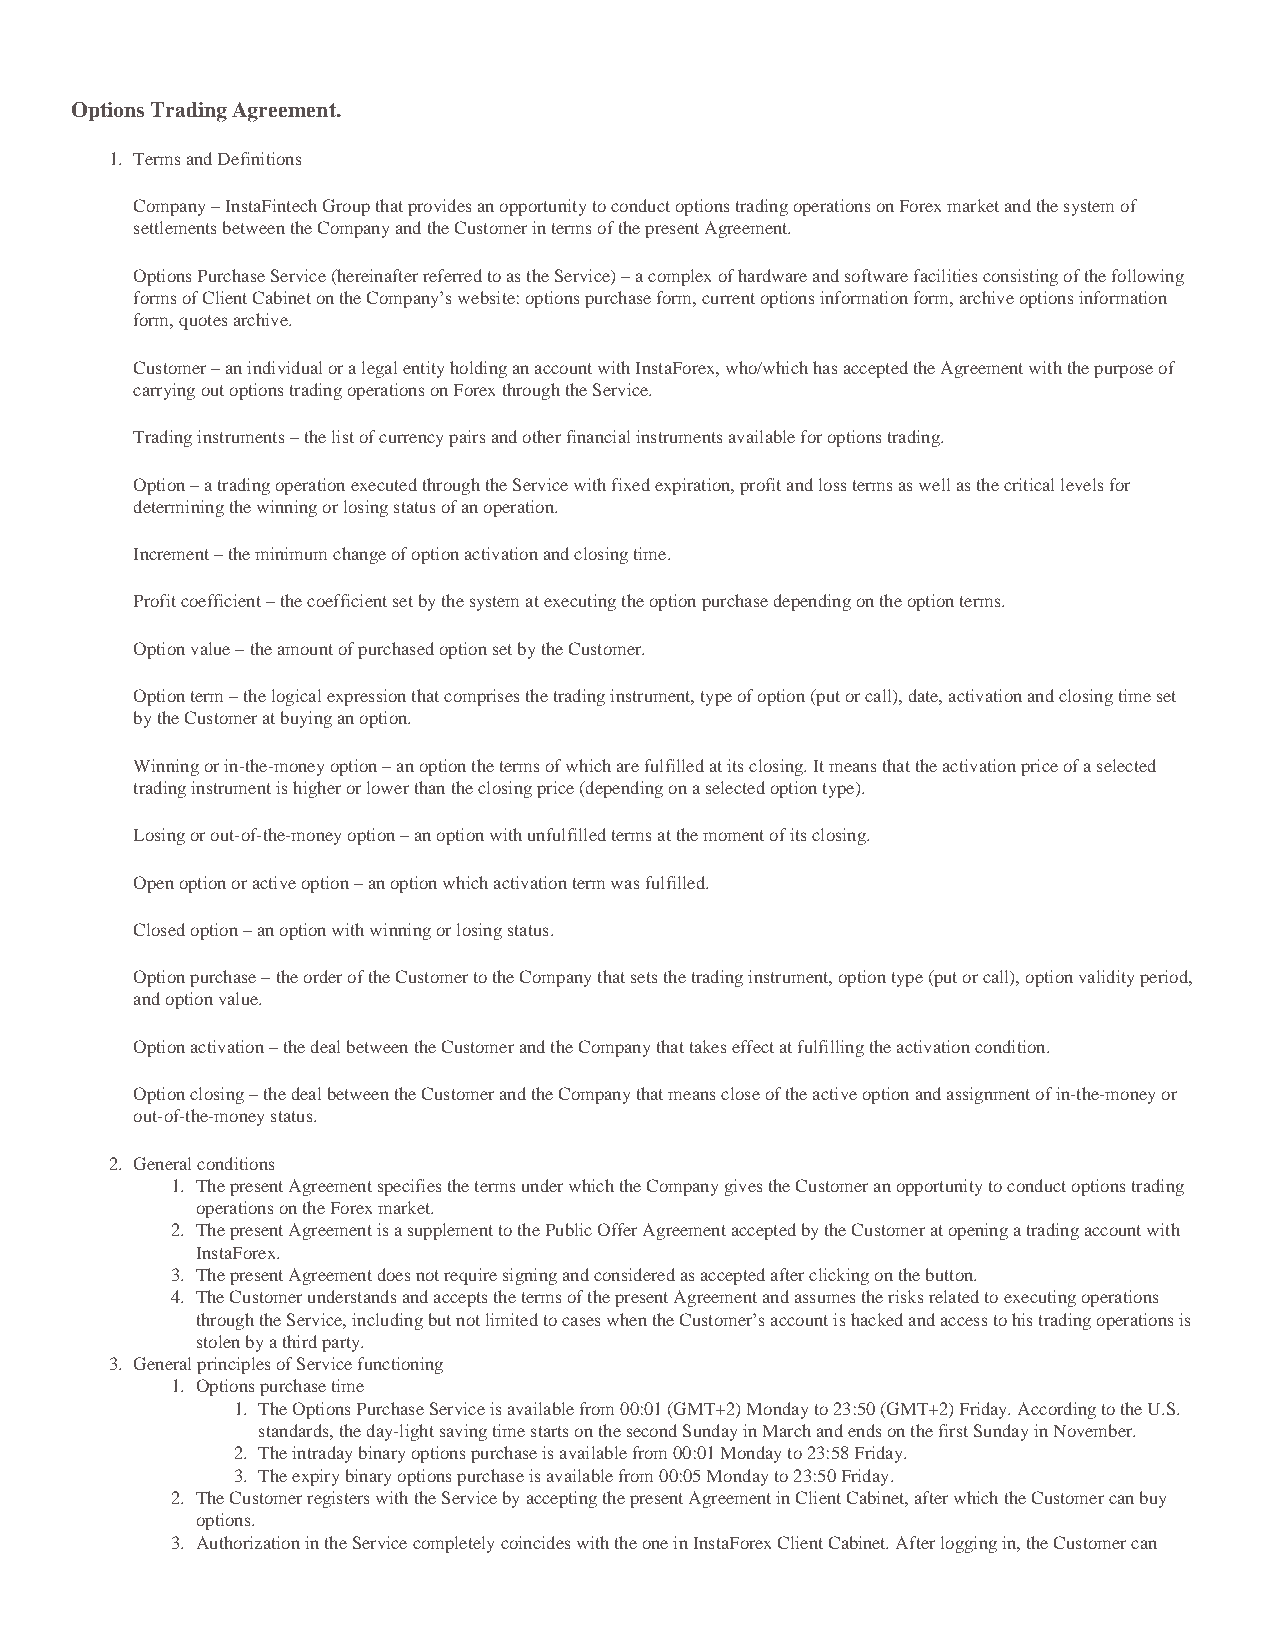
Options Trading Agreement.
 1. Terms and Definitions
 Company – InstaFintech Group that provides an opportunity to conduct options trading operations on Forex market and the system of
 settlements between the Company and the Customer in terms of the present Agreement.
 Options Purchase Service (hereinafter referred to as the Service) – a complex of hardware and software facilities consisting of the following
 forms of Client Cabinet on the Company’s website: options purchase form, current options information form, archive options information
 form, quotes archive.
 Customer – an individual or a legal entity holding an account with InstaForex, who/which has accepted the Agreement with the purpose of
 carrying out options trading operations on Forex through the Service.
 Trading instruments – the list of currency pairs and other financial instruments available for options trading.
 Option – a trading operation executed through the Service with fixed expiration, profit and loss terms as well as the critical levels for
 determining the winning or losing status of an operation.
 Increment – the minimum change of option activation and closing time.
 Profit coefficient – the coefficient set by the system at executing the option purchase depending on the option terms.
 Option value – the amount of purchased option set by the Customer.
 Option term – the logical expression that comprises the trading instrument, type of option (put or call), date, activation and closing time set
 by the Customer at buying an option.
 Winning or in-the-money option – an option the terms of which are fulfilled at its closing. It means that the activation price of a selected
 trading instrument is higher or lower than the closing price (depending on a selected option type).
 Losing or out-of-the-money option – an option with unfulfilled terms at the moment of its closing.
 Open option or active option – an option which activation term was fulfilled.
 Closed option – an option with winning or losing status.
 Option purchase – the order of the Customer to the Company that sets the trading instrument, option type (put or call), option validity period,
 and option value.
 Option activation – the deal between the Customer and the Company that takes effect at fulfilling the activation condition.
 Option closing – the deal between the Customer and the Company that means close of the active option and assignment of in-the-money or
 out-of-the-money status.
 2. General conditions
 1. The present Agreement specifies the terms under which the Company gives the Customer an opportunity to conduct options trading
 operations on the Forex market.
 2. The present Agreement is a supplement to the Public Offer Agreement accepted by the Customer at opening a trading account with
 InstaForex.
 3. The present Agreement does not require signing and considered as accepted after clicking on the button.
 4. The Customer understands and accepts the terms of the present Agreement and assumes the risks related to executing operations
 through the Service, including but not limited to cases when the Customer’s account is hacked and access to his trading operations is
 stolen by a third party.
 3. General principles of Service functioning
 1. Options purchase time
 1. The Options Purchase Service is available from 00:01 (GMT+2) Monday to 23:50 (GMT+2) Friday. According to the U.S.
 standards, the day-light saving time starts on the second Sunday in March and ends on the first Sunday in November.
 2. The intraday binary options purchase is available from 00:01 Monday to 23:58 Friday.
 3. The expiry binary options purchase is available from 00:05 Monday to 23:50 Friday.
 2. The Customer registers with the Service by accepting the present Agreement in Client Cabinet, after which the Customer can buy
 options.
 3. Authorization in the Service completely coincides with the one in InstaForex Client Cabinet. After logging in, the Customer can